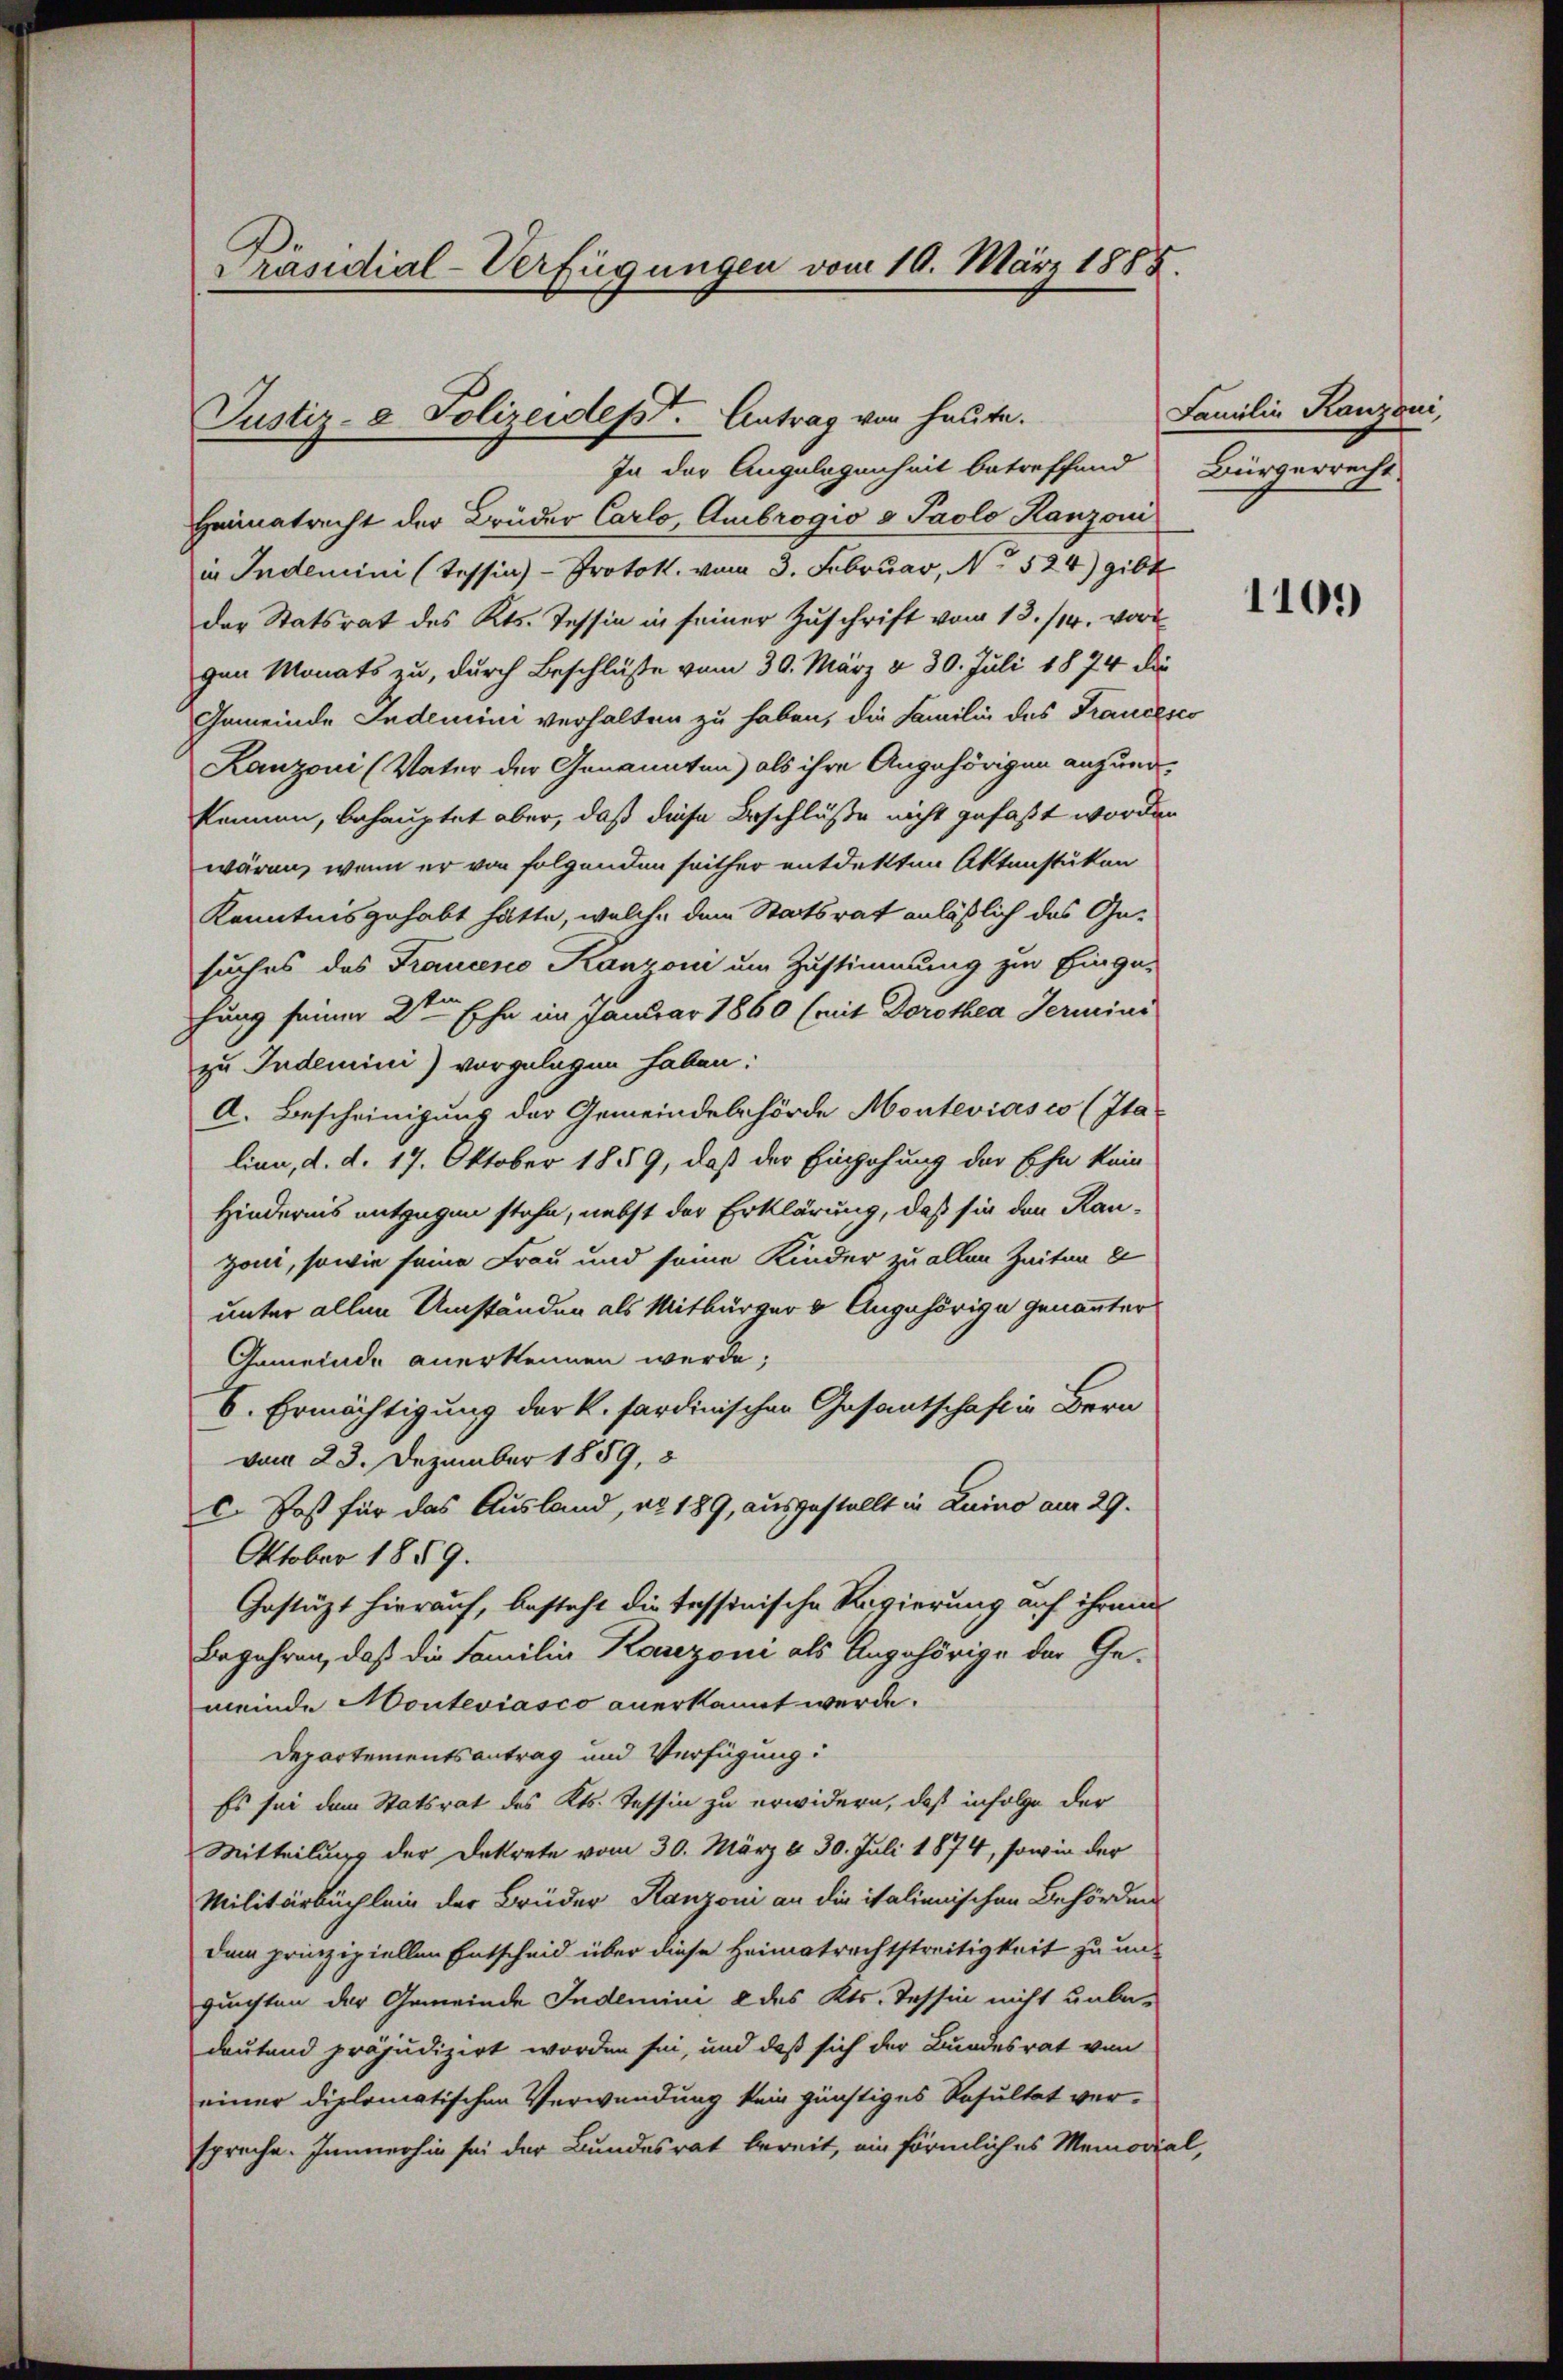
Co
Präsidial-Verfügungen vom 10. März 1885.

Justiz- & Polizeidept. Antrag von heute.
In der Angelegenheit betreffend Bürgerrecht

Heimatricht der Brüder Carlo, Ambrogio a Paolo Ranzoni
in Indemini (Tessin - Protok. vom 3. Februar, No 524) gibt
der Statsrat des Kts. Tessin in seiner Zuschrift vom 13./14. vor
gen Monats zu, durch Beschlüße vom 30. März & 30. Juli 1874 die
Gemeinde Indemini verhalten zu haben, die Familie des Francesco
Lanzoni (Vater der Genannten) als ihre Angehörigen anzundkennen, behauptet aber, daß diese Beschluße nicht gefaßt worden
wären, wenn er von folgenden seither entdekten Aktenstüken
Kenntnis gehabt hätte, welche dem Staatsrat anläßlich das Gesuches des Francesco Kanzoni um Zustimmung zur Einge-
fung seiner 2ten Ehe im Januar 1860 (mit Dorothea Termini
zu Indemini) vorgelegen haben:
A. Bescheinigung der Gemeindebehörde Monteviasco (Italien, d. d. 17. Oktober 1859, daß der Einzahung der Ehe kein
Hindernis entgegen stehe, nebst der Erklärung, daß sie den Kau-
zoni, sowie seine Frau und seine Kinder zu allen Zeiten d
unter allen Umständen als Mitbürger u Angehörige genannter
Gemeinde anerkennen werde;
6. Ermächtigung der k. sardinischen Gesantschaft in Bern
vom 23. Dezember 1859, 3
c. Post für das Ausland, nr 189, ausgestellt in Luino am 29.
Oktober 1859.
Gestützt hierauf, besteht die tessinische Regierung auf ihrem
begehren, daß die Familie Kanzoni als Angehörige der Gemeinde Monteviasco anerkannt werde.
Departementsantrag und Verfügung:
Es sei dem Statsrat des Kts. Tessin zu erwidern, daß infolge der
Mitteilung der Dekrete vom 30. März & 30. Juli 1874, sowie der
Militärbüchlein der Brüder Ranzoni an die italienischen Behörden
dem prinzipiellen Entscheid über diese Heimatrechtstreitigkeit zu un-
gunsten der Gemeinde Indemini 2 des Kts. Tessin nicht unbedeutend präjudizirt worden sei, und daß sich der Bundesrat von
einer diplomatischen Verwendung kein günstiges Resultat ver-
spreche. Immerhin sei der Bundesrat bereit, ein förmliches Memorial,

Familie Kanzoni,

1109